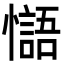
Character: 𢣸